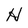
Character: H